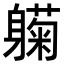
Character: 𬧰